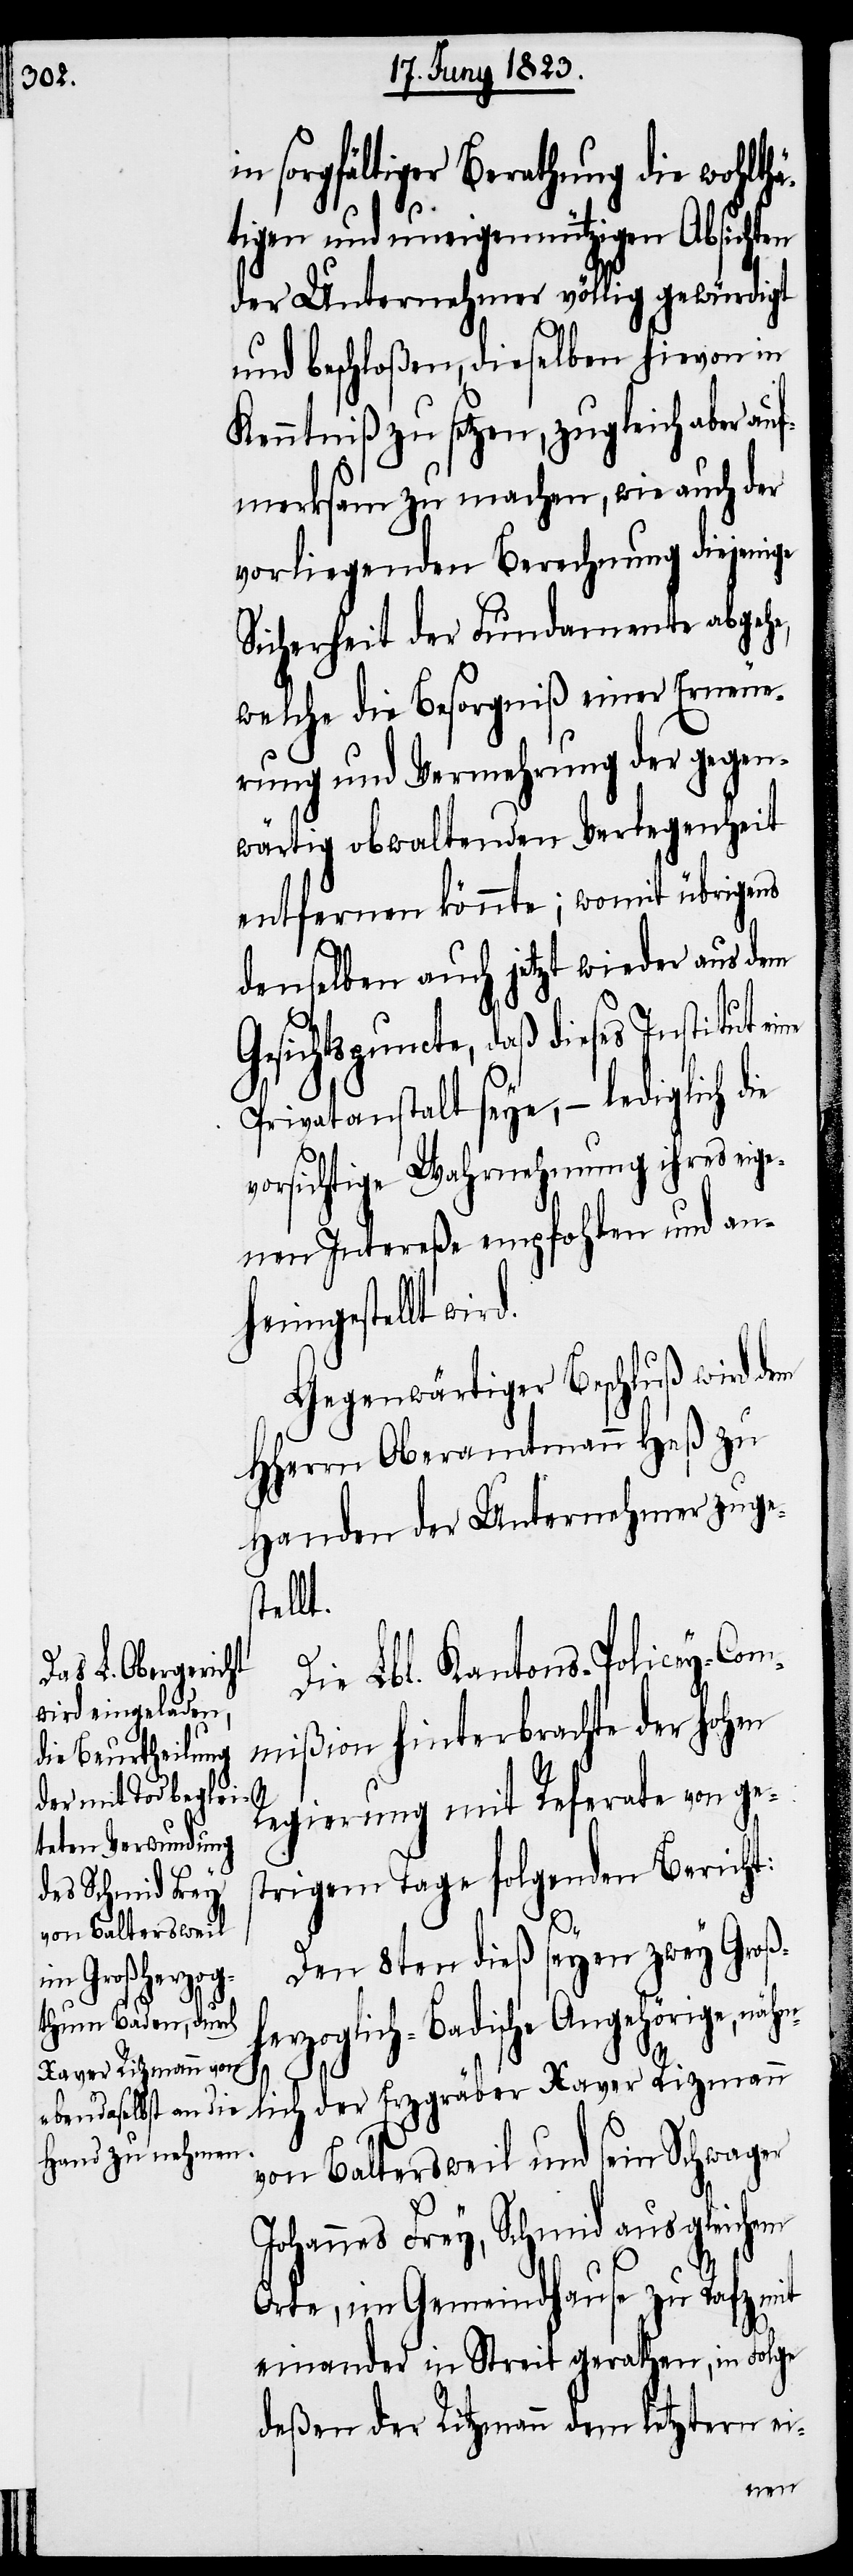
in sorgfältiger Berathung die wohlthä¬
tigen und uneigennützigen Absicht¬
der Unternehmer völlig gewürdigt
und beschloßen, dieselben hievon in
Kenntniß zu setzen, zugleich aber auf¬
merksam zu machen, wie auch der
vorliegenden Berechnung diejenige
Sicherheit der Fundamente abgehe,
welche die Besorgniß einer Erneue¬
rung und Vermehrung der gegen¬
wärtig obwaltenden Verlegenheit
entfernen könnte; womit übrigens
denselben auch jetzt wieder aus dem
Gesichtspuncte, daß dieses Institut
Privatanstalt seye, – lediglich die
vorsichtige Wahrnehmung ihres eige¬
nen Intereße empfohlen und an¬
heimgestellt wir¬
Gegenwärtiger Beschluß wird dem
Hherrn Oberamtmann Heß zu
Handen der Unternehmer zuges¬
hml¬
Die Lbl. Kantons-Policey-Com¬
mißion hinterbrachte der hohen
Regierung mit Referate von ges¬
trigem Tage folgenden Bericht:
Den 8ten dieß seyen zwey Groß¬
m letztern ei-
rzoglich-Badische Angehörige, nä¬
ich der Erzgräber Xaver Rizmann
von Baltersweil und sein Schwager
Johannes Frey, Schmid aus gleichem
de¬
Orte, im Gemeindhause zu Rafz mit
einander in Streit gerathen, in Folge
en